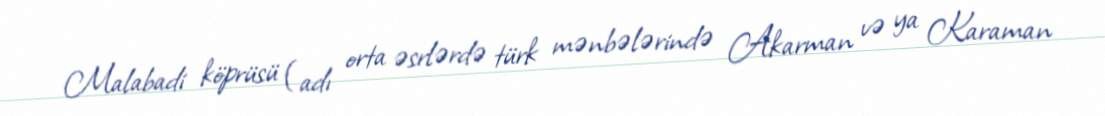
Malabadi köprüsü (adı orta əsrlərdə türk mənbələrində Akarman və ya Karaman